Indian journal of veterinary science and animal husbandry - Volume 14,
Year: 1944
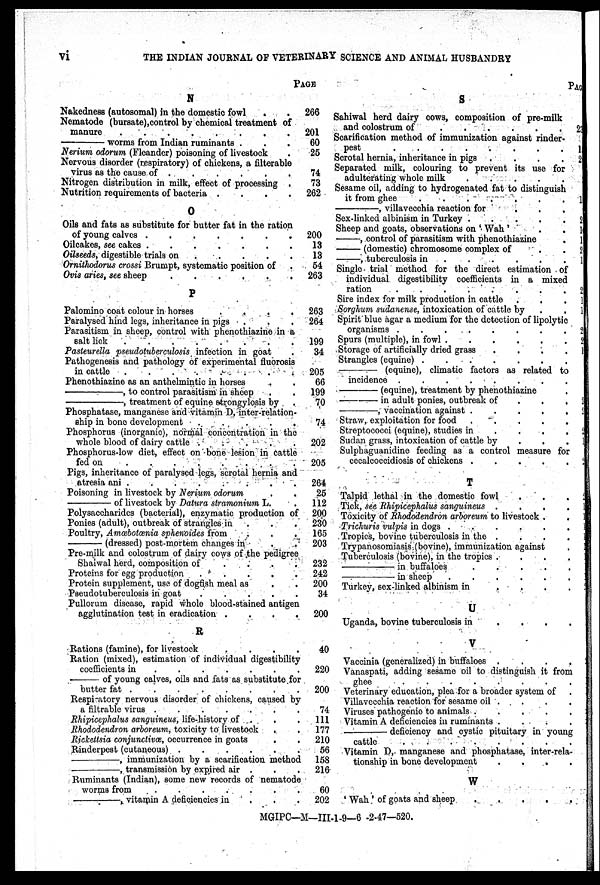
vi
THE INDIAN JOURNAL OF VETERINARY SCIENCE AND ANIMAL HUSBANDRY
N
Nakedness (autosomal) in the domestic fowl . .
Nematode (bursate),control by chemical treatment of
manure
.
.
.
.
.
.
.
.
——
worms from Indian ruminants . . . .
Nerium odorum (Fleander) poisoning of livestock .
Nervous disorder (respiratory) of chickens, a filterable
virus as the cause of .....
.
Nitrogen distribution in milk, effect of processing .
Nutrition requirements of bacteria .
.
.
.
O
Oils and fats as substitute for butter fat in the ration
of young calves .
.
.
.
.
.
.
Oilcakes, see cakes .
.
.
.
.
.
.
Oilseeds, digestible trials on
....
.
Ornithodorus crossi Brumpt, systematic position of .
Ovis aries, see sheep
P
Palomino coat colour in horses
.
.
.
.
Paralysed hind legs, inheritance in pigs . . .
Parasitism in sheep, control with phenothiazine in a
salt lick
.
.
.
.
.
.
.
.
Pasteurella pseudotuberculosis infection in goat .
Pathogenesis and pathology of experimental fluorosis
in cattle
.
.
.
.
.
.
.
.
Phenothiazine as an anthelmintic in horses . .
——,
to control parasitism in sheep. .
——,
treatment of equine strongylosis by .
Phosphatase, manganese and vitamin D, inter-relation-
ship in bone development
.
.
.
.
.
Phosphorus (inorganic), normal concentration in the
whole blood of dairy cattle .
.
.
.
.
Phosphorus-low diet, effect on bone lesion in Cattle
fed on
.
.
.
.
.
.
.
.
Pigs, inheritance of paralysed legs, scrotal hernia and
atresia ani .
.
.
.
.
.
.
.
Poisoning in livestock by Nerium odorum . .
——
of livestock by Datura stramonium L.
Polysaccharides (bacterial), enzymatic production of
Ponies (adult), outbreak of strangles in . . .
Poultry, A mœbotænia sphenoides from . . .
——
(dressed) post-mortem changes in . .
Pre-milk and colostrum of dairy cows of the pedigree
Shaiwal herd, composition of
.
.
.
.
Proteins for egg production
.
.
.
.
.
Protoin supplement, use of dogfish meal as . .
Pseudotuberculosis in goat
.
.
.
.
.
Pullorum disease, rapid whole blood-stained antigen
agglutination test in eradication .
.
.
.
R
Rations (famine), for livestock
.
.
.
.
Ration (mixed), estimation of individual digestibility
coefficients in
......
.
—— of young calves, oils and fats as substitute for
butter fat . . . . .
Reepisatory nervous disorder of chickens, caused by
a filtrable virus .
.
.
.
.
.
.
Rhipicephalus sanguineus, life-history of . . . .
Rhododendron arboreum, toxicity to livestock . .
Rickettsia conjunctivœ, occurrence in goats . .
Rinderpest (cutaneous) .
.
.
.
.
.
——,
immunization by a scarification method
——,
transmission by expired air . . .
Ruminants (Indian), some new records of nematode
worms from
.
.
.
.
.
.
.
——,
vitamin A deficiencies in . . .
PAGE
266
201
60
25
74
73
262
200
13
13
54
263
263
264
199
34
205
66
199
70
74
202
205
264
25
112
200
230
165
203
232
242
200
34
200
40
220
200
74
111
177
210
56
158
216
60
202
S
Sahiwal herd dairy cows, composition of pre-milk
and colostrum of
.
.
.
.
.
.
Scarification method of immunization against rinder-
pest
.
.
.
.
.
.
.
.
Scrotal hernia, inheritance in pigs .
.
.
.
Separated milk, colouring to prevent its use for
adulterating whole milk
.
.
.
.
.
Sesame oil, adding to hydrogenated fat to distinguish
it from ghee
.
.
.
.
.
.
.
——,
villavecchia reaction for
.
.
.
Sex-linked albinism in Turkey .
.
.
.
Sheep and goats, observations on 'Wah' . .
——, control of parasitism with phenothiazine
.
—— (domestic) chromosome complex of . .
——, tuberculosis in
.....
.
Single trial method for the direct estimation of
individual digestibility coefficients in a mixed
ration
.
.
.
.
.
.
.
.
Sire index for milk production in cattle . . .
Sorghum sudanense, intoxication of cattle by . .
Spirit blue agar a medium for the detection of lipolytic
organisms .
.
.
.
.
.
.
.
Spurs (multiple), in fowl .
.
.
.
.
.
Storage of artificially dried grass . . . . .
Strangles (equine) . . . . .
——
(equine), climatic factors as related to
incidence .
.
.
.
.
.
.
.
——
(equine), treatment by phenothiazine .
——
in adult ponies, outbreak of . . .
——,
vaccination against
.
.
.
.
.
.
Straw, exploitation for food . . . . . .
Streptococci (equine), studies in
.
.
.
.
Sudan grass, intoxication of cattle by . . . .
Sulphaguanidino feeding as a control measure for
cecalcoccidiosis of chickens . . . . . .
T
Talpid lethal in the domestic fowl . . .
Tick, see Rhipicephalus sanguineus . . . .
Toxicity of Rhododendron arboreum to livestock . .
Trichuris vulpis in dogs .
.
.
.
.
Tropics, bovine tuberculosis in the . . . .
Trypanosomiasis (bovine), immunization against .
Tuberculosis (bovine), in the tropics . . . .
——
in buffaloes
.
.
.
. .
——
in sheep
.
.
.
.
. .
Turkey, sex-linked albinism in . .
.
.
U
Uganda, bovine tuberculosis in . . . .
V
Vaccinia (generalized) in buffaloes . . . . .
Vanaspati, adding sesame oil to distinguish it from
ghee
.
.
.
.
.
.
.
Veterinary education, plea for a broader system of .
Villavecchia reaction for sesame oil . . . .
Viruses pathogenio to animals .
.
.
. .
Vitamin A deficiencies in ruminants . . . .
——
deficiency and cystic pituitary in young
cattle
Vitamin D, manganese and phosphatase, inter-rela-
tionship in bone development
.
.
. .
W
'Wah' of goats and sheep
.
.
.
.
PAGE
23
1
2
1
2
1
1
2
1
2
1
1
2
2
1
2
2
2
1
2
2
1
1
1
1
1
1
1
1
2
MGIPC—M—III-1-9-6 -2-47-520.